Annual report of the Punjab Veterinary College and of the Civil Veterinary Department, Punjab - 1926-1932
Year: 1926
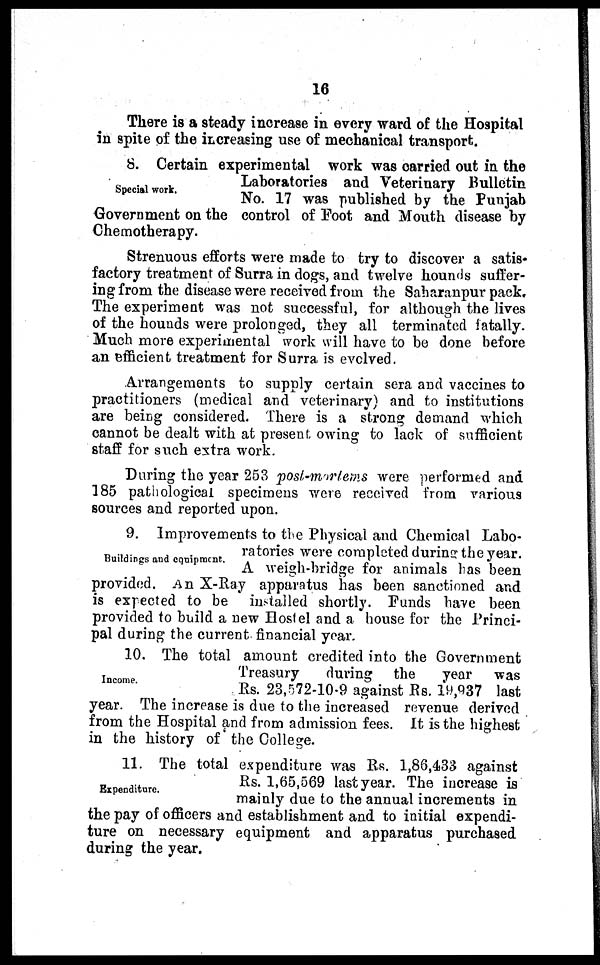
16
There is a steady increase in every ward of the Hospital
in spite of the increasing use of mechanical transport.
Special work.
8. Certain experimental work was carried out in the
Laboratories and Veterinary Bulletin
No. 17 was published by the Punjab
Government on the control of Foot and Mouth disease by
Chemotherapy.
Strenuous efforts were made to try to discover a satis-
factory treatment of Surra in dogs, and twelve hounds suffer-
ing from the disease were received from the Saharanpur pack.
The experiment was not successful, for although the lives
of the hounds were prolonged, they all terminated fatally.
Much more experimental work will have to be done before
an efficient treatment for Surra is evolved.
Arrangements to supply certain sera and vaccines to
practitioners (medical and veterinary) and to institutions
are being considered. There is a strong demand which
cannot be dealt with at present owing to lack of sufficient
staff for such extra work.
During the year 253 post-mortems were performed and
185 pathological specimens were received from various
sources and reported upon.
Buildings and equipment.
9. Improvements to the Physical and Chemical Labo-
ratories were completed during the year.
A weigh-bridge for animals has been
provided. An X-Ray apparatus has been sanctioned and
is expected to be installed shortly. Funds have been
provided to build a new Hostel and a house for the Princi-
pal during the current financial year.
Income.
10. The total amount credited into the Government
Treasury
during the
year
was
Rs. 23,572-10-9 against Rs. 19,937 last
year. The increase is due to the increased revenue derived
from the Hospital and from admission fees. It is the highest
in the history of the College.
Expenditure.
11. The total expenditure was Rs. 1,86,433 against
Rs. 1,65,569 last year. The increase is
mainly due to the annual increments in
the pay of officers and establishment and to initial expendi-
ture on necessary equipment and apparatus purchased
during the year.